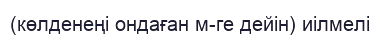
(көлденеңі ондаған м-ге дейін) иілмелі